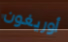
أوريغون